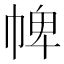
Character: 𢃍